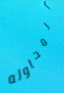
المحاوله